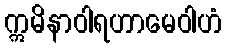
ဣမိနာဝါရဟာမေဝါဟံ